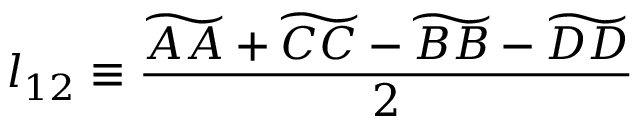
l _ { 1 2 } \equiv \frac { \widetilde { A A } + \widetilde { C C } - \widetilde { B B } - \widetilde { D D } } { 2 }